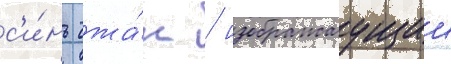
с'и́нь чжа́н / изображаущии